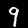
Digit: 9